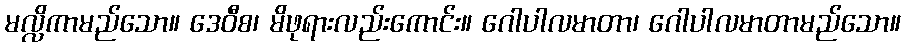
မလ္လိကာမည်သော။ ဒေဝီစ၊ မိဖုရားလည်းကောင်း။ ဂေါပါလမာတာ၊ ဂေါပါလမာတာမည်သော။